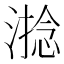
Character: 𣻧